Report of the Indian Hemp Drugs Commission, 1894-1895 - Volume V
Year: 1894
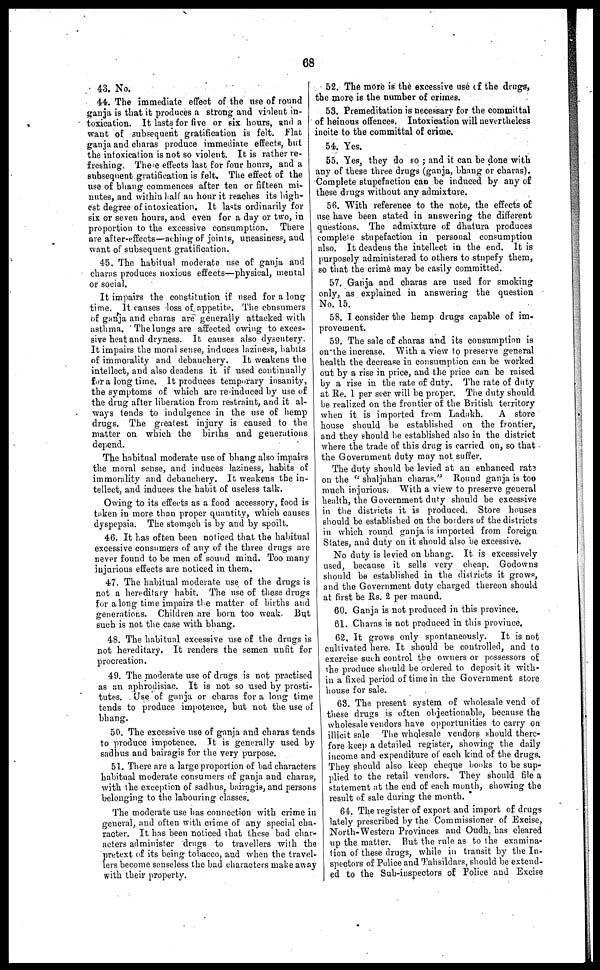
68
43. No.
44. The immediate effect of the use of round
ganja is that it produces a strong and violent in-
toxication. It lasts for five or six hours, and a
want of subsequent gratification is felt. Flat
ganja and charas produce immediate effects, but
the intoxication is not so violent. It is rather re-
freshing, These effects last for four hours, and a
subsequent gratification is felt. The effect of the
use of bhang commences after ten or fifteen mi-
nutes, and within half an hour it reaches its high-
est degree of intoxication. It lasts ordinarily for
six or seven hours, and even for a day or two, in
proportion to the excessive consumption. There
are after-effects—aching of joints, uneasiness, and
want of subsequent gratification.
45. The habitual moderate use of ganja and
charas produces noxious effects—physical, mental
or social.
It impairs the constitution if used for a long
time. It causes loss of appetite. The consumers
of ganja and charas are generally attacked with
asthma. The lungs are affected owing to exces-
sive heat and dryness. It causes also dysentery.
It impairs the moral sense, induces laziness, habits
of immorality and debauchery. It weakens the
intellect, and also deadens it if used continually
for a long time. It produces temporary insanity,
the symptoms of which are re-induced by use of
the drug after liberation from restraint, and it al-
ways tends to indulgence in the use of hemp
drugs. The greatest injury is caused to the
matter on which the births and generations
depend.
The habitual moderate use of bhang also impairs
the moral sense, and induces laziness, habits of
immorality and debauchery. It weakens the in-
tellect, and induces the habit of useless talk.
Owing to its effects as a food accessory, food is
taken in more than proper quantity, which causes
dyspepsia. The stomach is by and by spoilt.
46. It has often been noticed that the habitual
excessive consumers of any of the three drugs are
never found to be men of sound mind. Too many
injurious effects are noticed in them.
47. The habitual moderate use of the drugs is
not a hereditary habit. The use of these drugs
for along time impairs the matter of births and
generations. Children are born too weak But
such is not the case with bhang.
48. The habitual excessive use of the drugs is
not hereditary. It renders the semen unfit for
procreation.
49. The moderate use of drugs is not practised
as an aphrodisiac. It is not so used by prosti-
tutes. Use of ganja or charas for a long time
tends to produce impotence, but not the use of
bhang.
50. The excessive use of ganja and charas tends
to produce impotence. It is generally used by
sadhus and bairagis for the very purpose.
51. There are a large proportion of bad characters
habitual moderate consumers of ganja and charas,
with the exception of sadhus, bairagis, and persons
belonging to the labouring classes.
The moderate use has connection with crime in
general, and often with crime of any special cha-
racter. It has been noticed that these bad char-
acters administer drugs to travellers with the
pretext of its being tobacco, and when the travel-
lers become senseless the bad characters make away
with their property.
52. The more is the excessive use of the drugs,
the more is the number of crimes.
53. Premeditation is necessary for the committal
of heinous offences. Intoxication will nevertheless
incite to the committal of crime.
54. Yes.
55. Yes, they do so ; and it can be done with
any of these three drugs (ganja, bhang or charas).
Complete stupefaction can be induced by any of
these drugs without any admixture.
56. With reference to the note, the effects of
use have been stated in answering the different
questions. The admixture of dhatura produces
complete stupefaction in personal consumption
also. It deadens the intellect in the end. It is
purposely administered to others to stupefy them,
so that the crime may be easily committed.
57. Ganja and charas are used for smoking
only, as explained in answering the question
No. 15.
58. I consider the hemp drugs capable of im-
provement.
59. The sale of charas and its consumption is
on the increase. With a view to preserve general
health the decrease in consumption can be worked
out by a rise in price, and the price can be raised
by a rise in the rate of duty. The rate of duty
at Re. 1 per seer will be proper. The duty should
he realized on the frontier of the British territory
when it is imported from Ladakh.
A store
house should be established on the frontier,
and they should he established also in the district
where the trade of this drug is carried on, so that
the Government duty may not suffer.
The duty should be levied at an enhanced rate
on the "shaljahan charas." Round ganja is too
much injurious. With a view to preserve general
health, the Government duty should be excessive
in the districts it is produced. Store houses
should be established on the borders of the districts
in which round ganja is imported from foreign
States, and duty on it should also be excessive.
No duty is levied on bhang. It is excessively
used, because it sells very cheap. Godowns
should be established in the districts it grows,
and the Government duty charged thereon should
at first be Rs. 2 per maund.
60. Ganja is not produced in this province.
61. Charas is not produced in this province.
62. It grows only spontaneously. It is not
cultivated here. It should be controlled, and to
exercise such control the owners or possessors of
the produce should be ordered to deposit it with-
in a fixed period of time in the Government store
house for sale.
63. The present system of wholesale vend of
these drugs is often objectionable, because the
wholesale vendors have opportunities to carry on
illicit sale The wholesale vendors should there-
fore keep a detailed register, showing the daily
income and expenditure of each kind of the drugs.
They should also keep cheque hooks to be sup-
plied to the retail vendors. They should file a
statement at the end of each month, showing the
result of sale during the month.
64. The register of export and import of drugs
lately prescribed by the Commissioner of Excise,
North-Western Provinces and Oudh, has cleared
up the matter. But the rule as to the examina-
tion of these drugs, while in transit by the In-
spectors of Police and Tahsildars, should be extend-
ed to the Sub-inspectors of Police and Excise